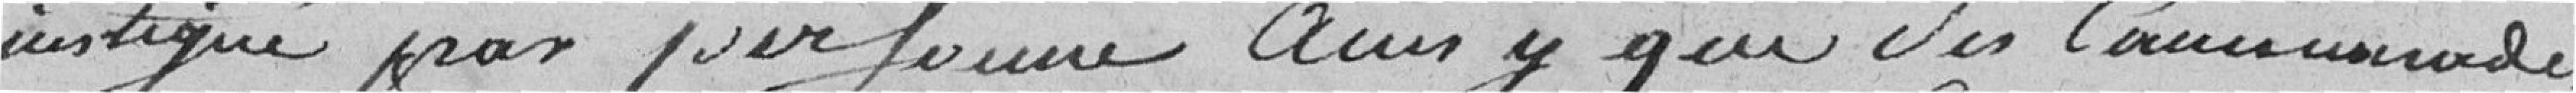
instigué par personne ainsi que ses camarades